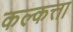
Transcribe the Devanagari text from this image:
कल्कत्ता